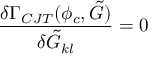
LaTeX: \frac { \delta \Gamma _ { C J T } ( \phi _ { c } , \tilde { G } ) } { \delta \tilde { G } _ { k l } } = 0